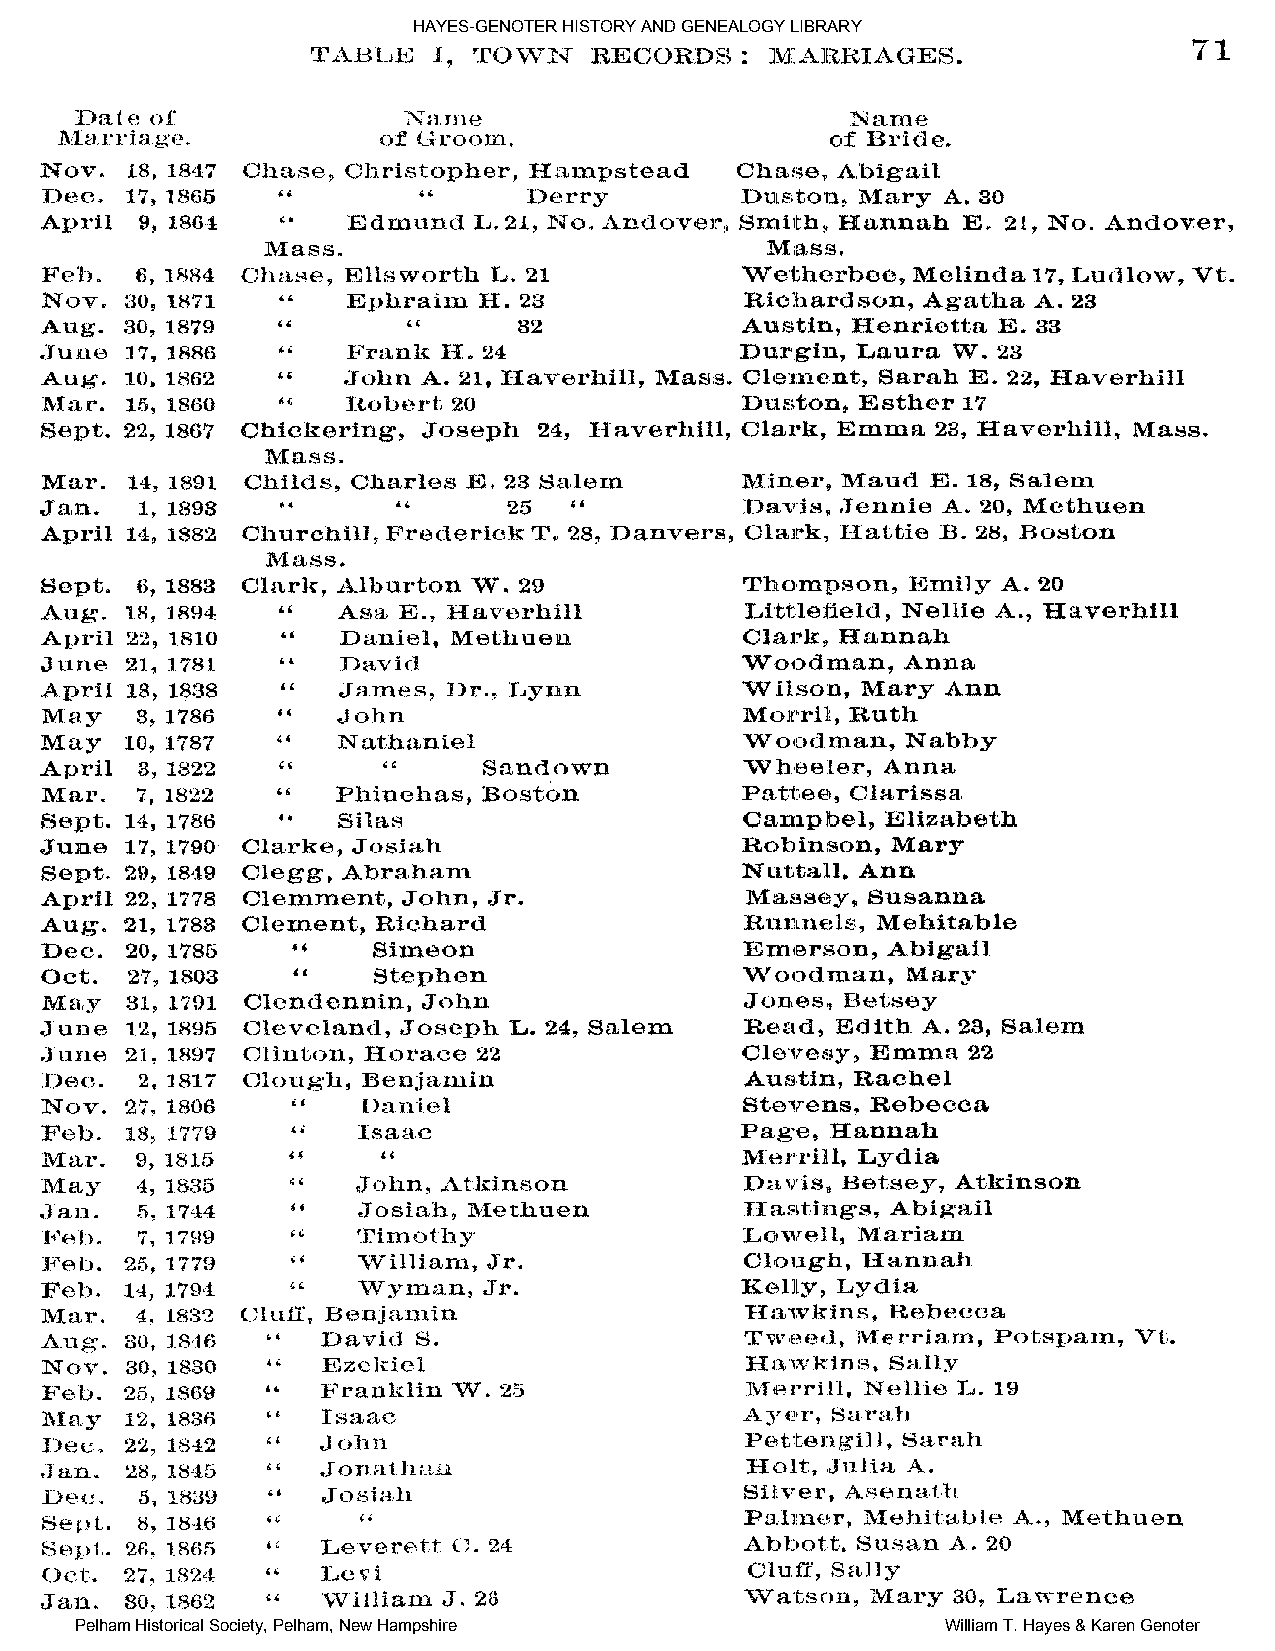
HAYES-GENOTER HISTORY AND GENEALOGY LIBRARY
 Pelham Historical Society, Pelham, New Hampshire          William T. Hayes & Karen Genoter